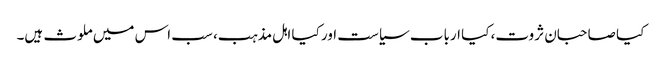
کیا صاحبان ثروت، کیا ارباب سیاست اور کیا اہل مذہب، سب اس میں ملوث ہیں۔